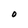
Character: O